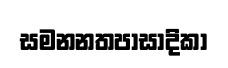
සමනනතපාසාදිකා